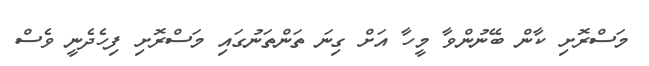
މަސްރޮށި ކާން ބޭނުންވާ މީހާ އަށް ގިނަ ތަންތަނުގައި މަސްރޮށި ފިހެދެނީ ވެސް